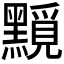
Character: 𪒐